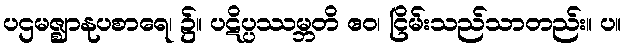
ပဌမဇ္ဈာနုပစာရေ၊ ၌။ ပဋိပ္ပဿမ္ဘတိ ဧဝ၊ ငြိမ်းသည်သာတည်း။ ပ။